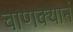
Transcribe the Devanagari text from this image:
चाणक्यानं